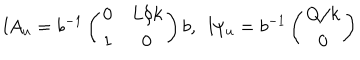
l A _ { u } = b ^ { - 1 } \left( \begin{array} { c c } { { 0 } } & { { L / k } } \\ { { 1 } } & { { 0 } } \\ \end{array} \right) b , \ \ l \psi _ { u } = b ^ { - 1 } \left( \begin{array} { c } { { Q / k } } \\ { { 0 } } \\ \end{array} \right)